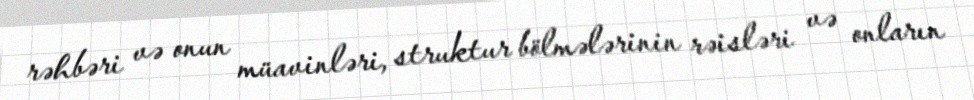
rəhbəri və onun müavinləri, struktur bölmələrinin rəisləri və onların